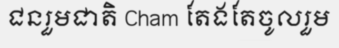
ជនរួមជាតិ Cham តែងតែចូលរួម